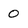
Character: 0